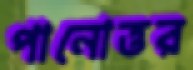
পানোত্তর